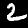
Label: 2